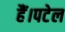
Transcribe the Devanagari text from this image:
हैं।पटेल